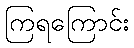
ကြရကြောင်း